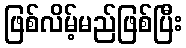
ဖြစ်လိမ့်မည်ဖြစ်ပြီး